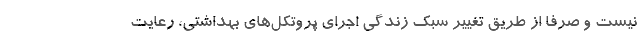
نیست و صرفا از طریق تغییر سبک زندگی اجرای پروتکل‌های بهداشتی، رعایت